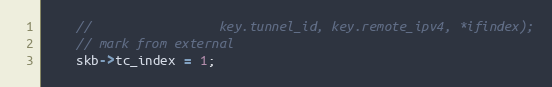
Language: C
    //                 key.tunnel_id, key.remote_ipv4, *ifindex);
    // mark from external
    skb->tc_index = 1;